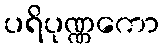
ပရိပုဏ္ဏကော